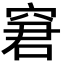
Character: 窘